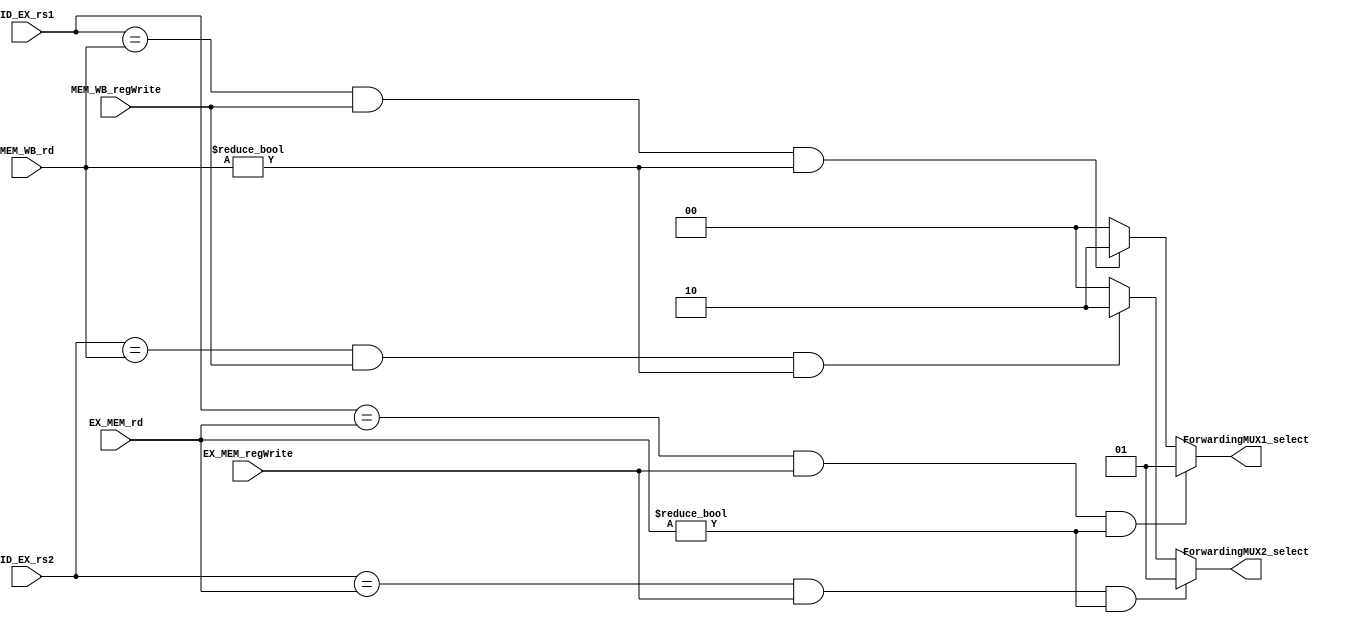
`timescale 1ns / 1ps
//////////////////////////////////////////////////////////////////////////////////
// Company: 
// Engineer: 
// 
// Design Name: 
// Module Name: Forwarding_Control_Unit
// Project Name: 
// Target Devices: 
// Tool Versions: 
// Description: 
// 
// Dependencies: 
// 
// Revision:
// Revision 0.01 - File Created
// Additional Comments:
// 
//////////////////////////////////////////////////////////////////////////////////


module Forwarding_Control_Unit(
    input [4:0] ID_EX_rs1,
    input [4:0] ID_EX_rs2,
    input [4:0] EX_MEM_rd,
    input EX_MEM_regWrite,
    input [4:0] MEM_WB_rd,
    input MEM_WB_regWrite,
    output reg [1:0] ForwardingMUX1_select,
    output reg [1:0] ForwardingMUX2_select
    );
    
    
    //ForwardingMUX1_select
    always@(*)
    begin
    
        //EX hazard
        if( (ID_EX_rs1 == EX_MEM_rd) && (EX_MEM_regWrite == 1'b1) && (EX_MEM_rd != 5'b00000) )
        begin
            ForwardingMUX1_select <= 2'b01;
        end
        
        //~(EX hazard) && (MEM hazard)
        else if( (ID_EX_rs1 == MEM_WB_rd) && (MEM_WB_regWrite == 1'b1) && (MEM_WB_rd != 5'b00000) )
        begin
            ForwardingMUX1_select <= 2'b10;
        end
        
        //NO EX OR MEM HAZARD
        else
        begin
            ForwardingMUX1_select <= 2'b00;
        end
        
    end
    
    
    
    
    //ForwardingMUX2_select
    always@(*)
    
    begin
        //EX hazard
        if( (ID_EX_rs2 == EX_MEM_rd) && (EX_MEM_regWrite == 1'b1) && (EX_MEM_rd != 5'b00000) )
        begin
            ForwardingMUX2_select <= 2'b01;

        end
        
        //~(EX hazard) && (MEM hazard)
        else if( (ID_EX_rs2 == MEM_WB_rd) && (MEM_WB_regWrite == 1'b1) && (MEM_WB_rd != 5'b00000) )
        begin
            ForwardingMUX2_select <= 2'b10;
        end
        
        //NO EX OR MEM HAZARD
        else
        begin
            ForwardingMUX2_select <= 2'b00;
        end
         
    end
    
    
    
endmodule